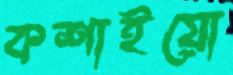
কশাইয়ো